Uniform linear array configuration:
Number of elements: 32
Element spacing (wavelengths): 0.25
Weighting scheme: kaiser
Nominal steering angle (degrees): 30
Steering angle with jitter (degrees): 29.557
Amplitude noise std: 0.05
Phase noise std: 0.05

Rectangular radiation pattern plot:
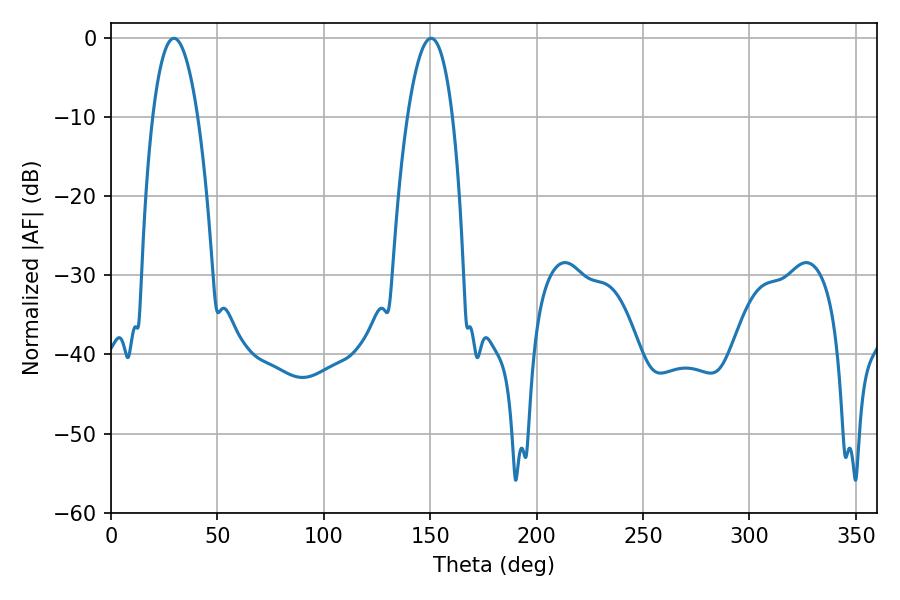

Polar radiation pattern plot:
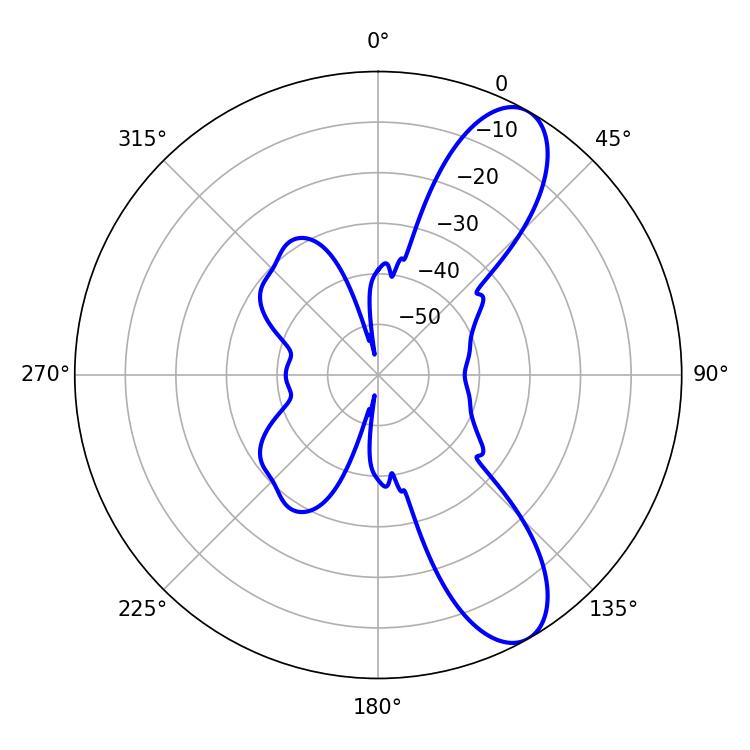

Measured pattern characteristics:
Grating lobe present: FALSE
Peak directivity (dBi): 9.649
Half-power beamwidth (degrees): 11.7
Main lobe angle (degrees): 29.52